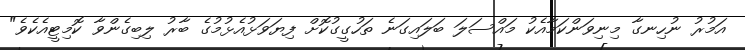
އަމުރު ނުހިނގާ މިނިވަންކަމާއެކު މައްސަލަ ބަލައިގަނެ ތަހުގީގުކޮށް ފިޔަވަޅުއެޅުމުގެ ބާރު ލިބިގެންވާ ކޮމިޓީއެކެވެ"